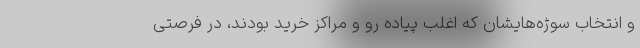
و انتخاب سوژه‌هایشان که اغلب پیاده رو و مراکز خرید بودند، در فرصتی